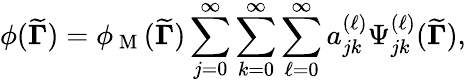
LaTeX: \phi({\widetilde{\mathbf{\Gamma}}})=\phi_{\mathrm{~M~}}({\widetilde{\mathbf{\Gamma}}})\sum_{j=0}^{\infty}\sum_{k=0}^{\infty}\sum_{\ell=0}^{\infty}a_{jk}^{(\ell)}\Psi_{jk}^{(\ell)}({\widetilde{\mathbf{\Gamma}}}),